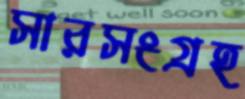
সারসংগ্রহ